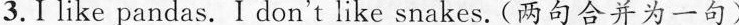
3.Ⅰ like pandas. I don't like snakes.(两句合并为一句)